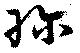
珍